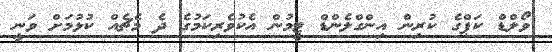
ވޯލްޑް ކަޕްގެ ކުރިން އިންގްލެންޑް ޓީމުން އެކުވެރިކަމުގެ ދެ މެޗެއް ކުޅުމަަށް ވަނީ